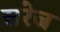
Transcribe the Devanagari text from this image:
सरेज